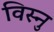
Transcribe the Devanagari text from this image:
विस्नु